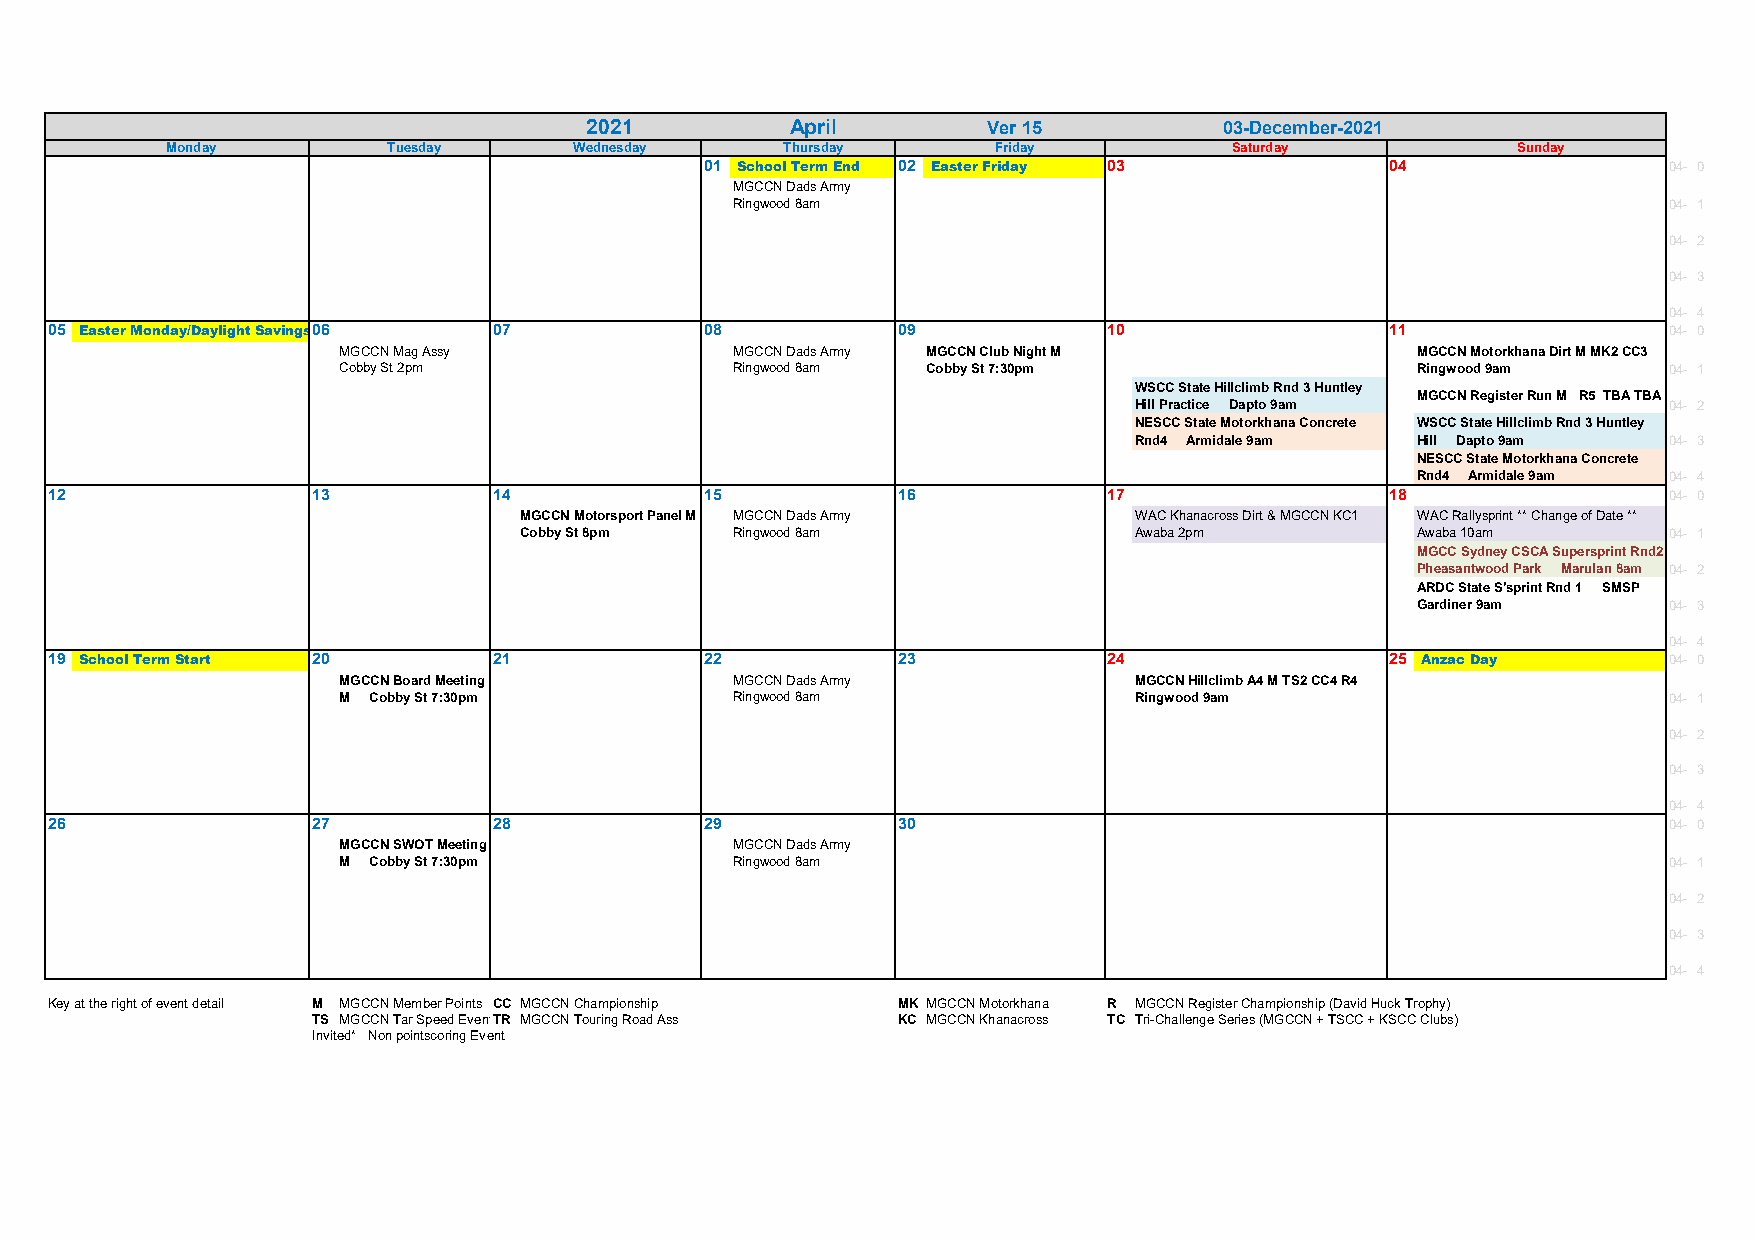
2021         April        Ver 15          03-December-2021
 Monday         Tuesday     Wednesday     Thursday      Friday          Saturday          Sunday
 01 School Term End 02 Easter Friday 03       04                04- 0
 MGCCN Dads Army
 Ringwood 8am                                                  04- 1
 04- 2
 04- 3
 04- 4
 05 Easter Monday/Daylight Savings 0E6nd 07  08          09            10                 11                04- 0
 MGCCN Mag Assy            MGCCN Dads Army MGCCN Club Night M            MGCCN Motorkhana Dirt M MK2 CC3
 Cobby St 2pm              Ringwood 8am Cobby St 7:30pm                  Ringwood 9am    04- 1
 WSCC State Hillclimb Rnd 3 Huntley
 MGCCN Register Run M R5 TBA TBA
 Hill Practice Dapto 9am            04- 2
 NESCC State Motorkhana Concrete WSCC State Hillclimb Rnd 3 Huntley
 Rnd4 Armidale 9am  Hill Dapto 9am  04- 3
 NESCC State Motorkhana Concrete
 Rnd4 Armidale 9am 04- 4
 12                13          14            15          16            17                 18                04- 0
 MGCCN Motorsport Panel M MGCCN Dads Army WAC Khanacross Dirt & MGCCN KC1 WAC Rallysprint ** Change of Date **
 Cobby St 8pm  Ringwood 8am               Awaba 2pm          Awaba 10am      04- 1
 MGCC Sydney CSCA Supersprint Rnd2
 Pheasantwood Park Marulan 8am 04- 2
 ARDC State S'sprint Rnd 1 SMSP
 Gardiner 9am    04- 3
 04- 4
 19 School Term Start 20       21            22          23            24                 25 Anzac Day      04- 0
 MGCCN Board Meeting       MGCCN Dads Army            MGCCN Hillclimb A4 M TS2 CC4 R4
 M Cobby St 7:30pm         Ringwood 8am               Ringwood 9am                       04- 1
 04- 2
 04- 3
 04- 4
 26                27          28            29          30                                                 04- 0
 MGCCN SWOT Meeting        MGCCN Dads Army
 M Cobby St 7:30pm         Ringwood 8am                                                  04- 1
 04- 2
 04- 3
 04- 4
 Key at the right of event detail M MGCCN Member Points CC MGCCN Championship MK MGCCN Motorkhana R MGCCN Register Championship (David Huck Trophy)
 TS MGCCN Tar Speed EventTR MGCCN Touring Road Ass KC MGCCN Khanacross TC Tri-Challenge Series (MGCCN + TSCC + KSCC Clubs)
 Invited* Non pointscoring Event